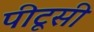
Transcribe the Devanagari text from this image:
पीटूसी